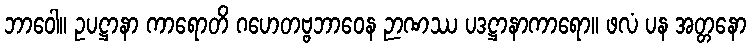
ဘာဝေါ။ ဥပဋ္ဌာနာ ကာရောတိ ဂဟေတဗ္ဗဘာဝေန ဉာဏဿ ပဒဋ္ဌာနာကာရော။ ဖလံ ပန အတ္တနော